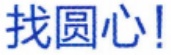
找圆心！